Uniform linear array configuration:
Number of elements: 24
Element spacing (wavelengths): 0.25
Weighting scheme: uniform
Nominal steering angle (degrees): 30
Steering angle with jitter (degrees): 29.127
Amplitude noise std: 0.05
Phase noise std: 0.05

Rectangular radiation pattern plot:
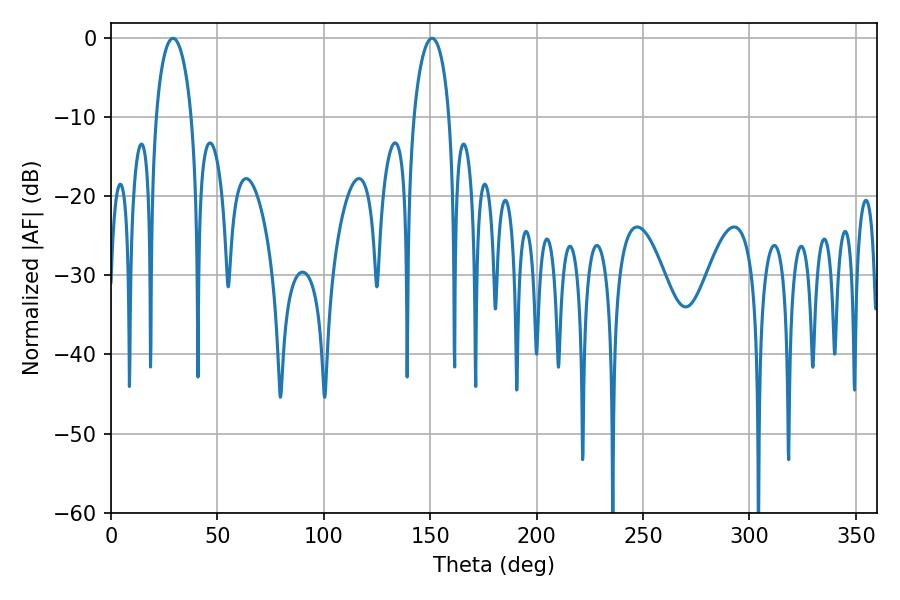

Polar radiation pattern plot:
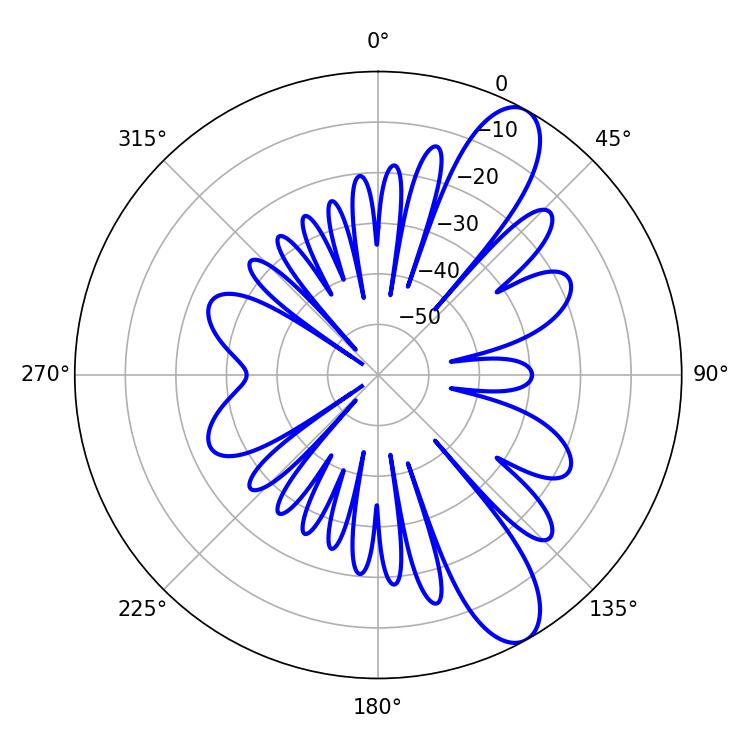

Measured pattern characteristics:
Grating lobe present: FALSE
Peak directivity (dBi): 10.385
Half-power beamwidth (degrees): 9.54
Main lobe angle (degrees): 29.16